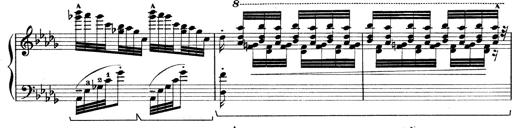
Title: Rapsodie: 19 ungheresi, 1 spagnuola
Composer: Franz Liszt